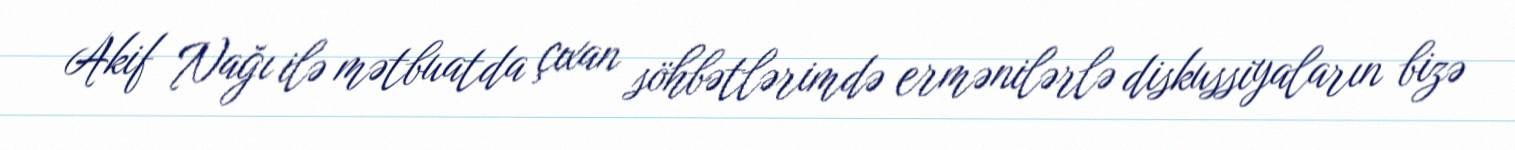
Akif Nağı ilə mətbuatda çıxan söhbətlərimdə ermənilərlə diskussiyaların bizə